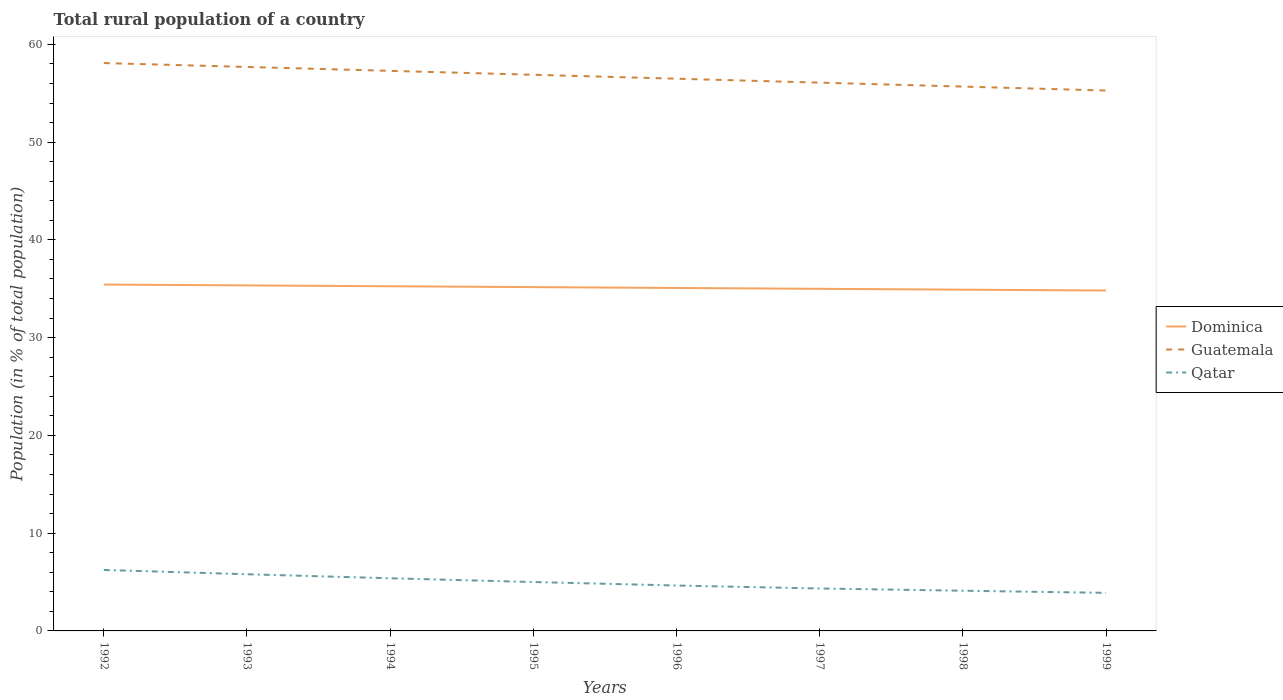
| Years | Dominica | Guatemala | Qatar |
 | --- | --- | --- | --- |
 | 1992 | 35.4 | 58.1 | 6.24 |
 | 1993 | 35.3 | 57.7 | 5.8 |
 | 1994 | 35.3 | 57.3 | 5.39 |
 | 1995 | 35.2 | 56.9 | 5 |
 | 1996 | 35.1 | 56.5 | 4.64 |
 | 1997 | 35 | 56.1 | 4.34 |
 | 1998 | 34.9 | 55.7 | 4.11 |
 | 1999 | 34.8 | 55.3 | 3.9 |